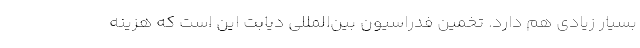
بسیار زیادی هم دارد. تخمین فدراسیون بین‌المللی دیابت این است که هزینه